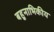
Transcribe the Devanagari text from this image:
बहुनाभिकीय